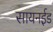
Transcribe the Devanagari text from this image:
सायनईड